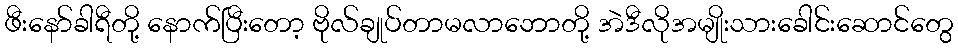
ဖီးနော်ခါရီတို့ နောက်ပြီးတော့ ဗိုလ်ချုပ်တာမလာဘောတို့ အဲဒီလိုအမျိုးသားခေါင်းဆောင်တွေ